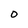
Character: O